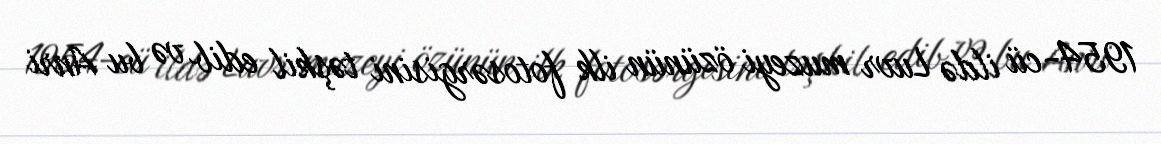
1954-cü ildə Luvr muzeyi özünün ilk fotosərgisini təşkil edib və bu Anri